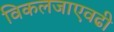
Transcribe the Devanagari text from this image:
विकलजाएवढी